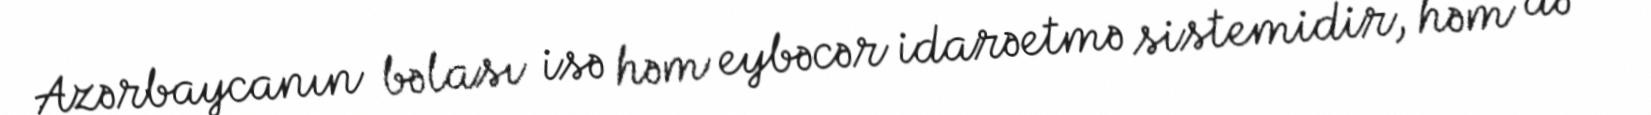
Azərbaycanın bəlası isə həm eybəcər idarəetmə sistemidir, həm də